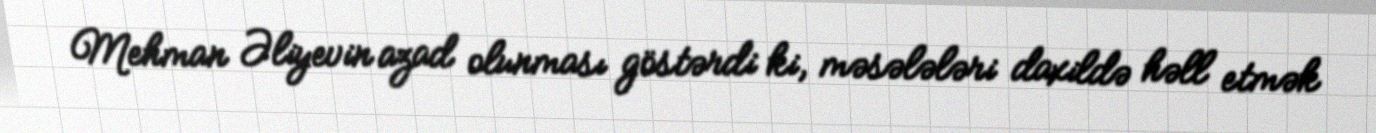
Mehman Əliyevin azad olunması göstərdi ki, məsələləri daxildə həll etmək